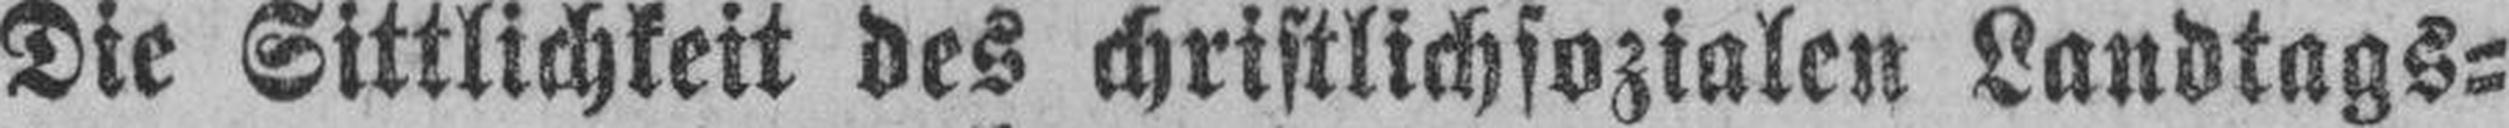
Die Sittlichkeit des christlichsozialen Landtags¬